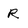
Character: R